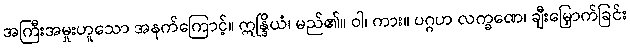
အကြီးအမှုးဟူသော အနက်ကြောင့်။ ဣန္ဒြိယံ၊ မည်၏။ ဝါ၊ ကား။ ပဂ္ဂဟ လက္ခဏေ၊ ချီးမြှောက်ခြင်း